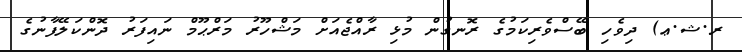
ރ.ޝ.ޢ) ދިވެހި ބޭސްވެރިކަމުގެ ރޮނގުން މުޅި ރާއްޖެއަށް މަޝްހޫރު މަރްޙޫމް ނައިފަރު ދޮންކަލޭފާނުގެ